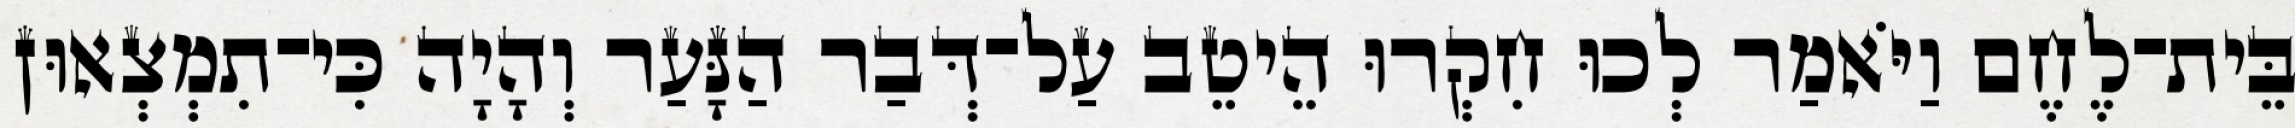
בֵּית־לֶחֶם וַיֹּאמַר לְכוּ חִקְרוּ הֵיטֵב עַל־דְּבַר הַנָּעַר וְהָיָה כִּי־תִמְצְאוּן